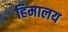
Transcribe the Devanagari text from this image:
हिमालय